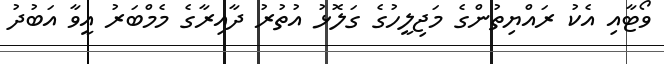
ވޯޓާއި އެކު ރައްޔިތުންގެ މަޖިލީހުގެ ގަލޮޅު އުތުރު ދާއިރާގެ މެމްބަރު އީވާ އަބުދު